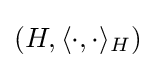
\left(H,\langle \cdot ,\cdot \rangle _{H}\right)